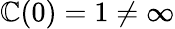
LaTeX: \mathbb{C}(0)=1\neq\infty